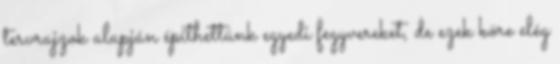
tervrajzok alapján építhettünk egyedi fegyvereket, de ezek köre elég